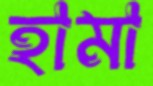
হামা